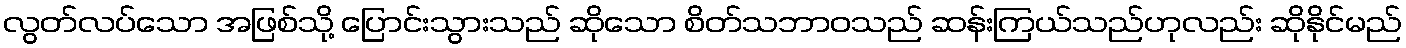
လွတ်လပ်သော အဖြစ်သို့ ပြောင်းသွားသည် ဆိုသော စိတ်သဘာဝသည် ဆန်းကြယ်သည်ဟုလည်း ဆိုနိုင်မည်